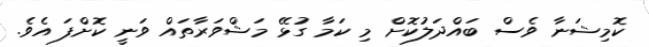
ކޮމިޝަނާ ވެސް ބައްދަލުކޮށް މި ކަމާ ގުޅޭ މަޝްވަރާތައް ވަނީ ކޮށްފަ އެވެ.